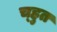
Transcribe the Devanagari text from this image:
च्हुत